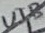
Text: U1B